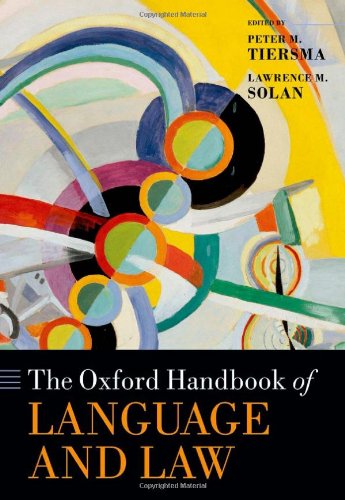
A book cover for The Oxford Handbook of Language and Law (Oxford Handbooks in Linguistics); Law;